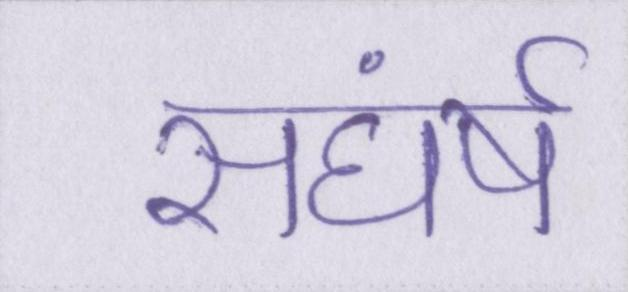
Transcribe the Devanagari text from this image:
सघंर्ष